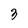
Character: 3